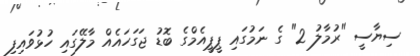
ސިޔާސީ "ރުމާލު 2" ގެ ނަމުގައި ޕީޕީއެމްގެ ބޮޑު ޖަގަހައެއް މާލޭގައި ހުޅުވައިފި